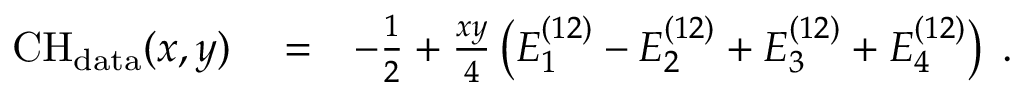
\begin{array} { r l r } { \mathrm { C H } _ { \mathrm { d a t a } } ( x , y ) } & { { } = } & { - \frac { 1 } { 2 } + \frac { x y } { 4 } \left( E _ { 1 } ^ { ( 1 2 ) } - E _ { 2 } ^ { ( 1 2 ) } + E _ { 3 } ^ { ( 1 2 ) } + E _ { 4 } ^ { ( 1 2 ) } \right) \; . } \end{array}